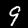
Digit: 9